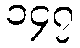
၁၄၇